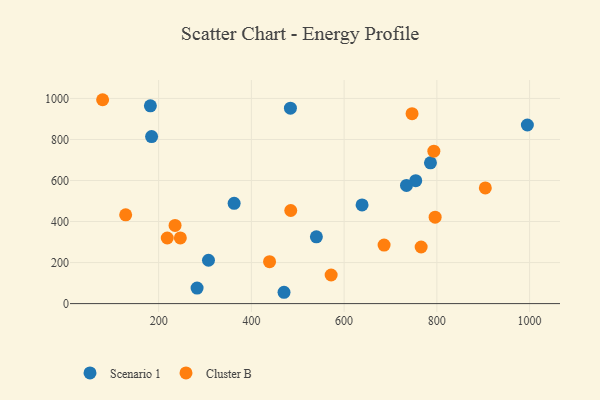
{"axis": {"x": "Ad Spend", "y": "Yield"}, "legend": ["Cluster B", "Scenario 1"], "data": [{"x": "470.4", "y": 55.2, "type": "Scenario 1"}, {"x": "995.2", "y": 870.5, "type": "Scenario 1"}, {"x": "182.2", "y": 964.0, "type": "Scenario 1"}, {"x": "754.4", "y": 599.3, "type": "Scenario 1"}, {"x": "307.5", "y": 211.3, "type": "Scenario 1"}, {"x": "184.8", "y": 814.2, "type": "Scenario 1"}, {"x": "786.2", "y": 686.2, "type": "Scenario 1"}, {"x": "734.5", "y": 576.2, "type": "Scenario 1"}, {"x": "282.9", "y": 75.8, "type": "Scenario 1"}, {"x": "638.7", "y": 480.9, "type": "Scenario 1"}, {"x": "484.2", "y": 952.6, "type": "Scenario 1"}, {"x": "362.8", "y": 488.9, "type": "Scenario 1"}, {"x": "540.2", "y": 325.5, "type": "Scenario 1"}, {"x": "218.6", "y": 319.8, "type": "Cluster B"}, {"x": "572.0", "y": 139.4, "type": "Cluster B"}, {"x": "128.9", "y": 432.9, "type": "Cluster B"}, {"x": "79.2", "y": 993.8, "type": "Cluster B"}, {"x": "439.2", "y": 204.2, "type": "Cluster B"}, {"x": "766.1", "y": 275.8, "type": "Cluster B"}, {"x": "246.8", "y": 320.0, "type": "Cluster B"}, {"x": "484.9", "y": 453.7, "type": "Cluster B"}, {"x": "793.5", "y": 743.2, "type": "Cluster B"}, {"x": "904.5", "y": 563.8, "type": "Cluster B"}, {"x": "686.2", "y": 285.3, "type": "Cluster B"}, {"x": "235.4", "y": 381.1, "type": "Cluster B"}, {"x": "796.3", "y": 421.4, "type": "Cluster B"}, {"x": "746.5", "y": 926.0, "type": "Cluster B"}]}